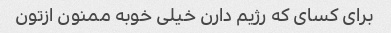
برای کسای که رژیم دارن خیلی خوبه ممنون ازتون